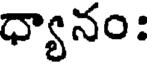
ధ్యానం: